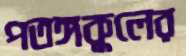
পতঙ্গকুলের